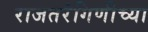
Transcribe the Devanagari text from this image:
राजतरंगिणीच्या